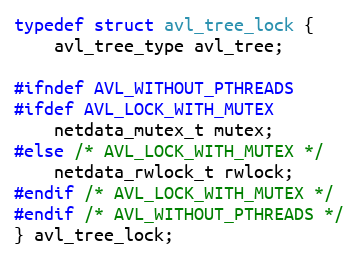
Language: C
typedef struct avl_tree_lock {
    avl_tree_type avl_tree;

#ifndef AVL_WITHOUT_PTHREADS
#ifdef AVL_LOCK_WITH_MUTEX
    netdata_mutex_t mutex;
#else /* AVL_LOCK_WITH_MUTEX */
    netdata_rwlock_t rwlock;
#endif /* AVL_LOCK_WITH_MUTEX */
#endif /* AVL_WITHOUT_PTHREADS */
} avl_tree_lock;